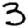
Digit: 3